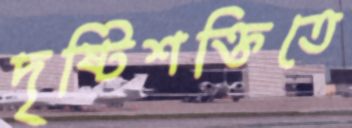
দৃষ্টিশক্তিতে